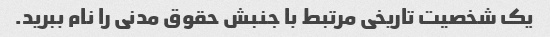
یک شخصیت تاریخی مرتبط با جنبش حقوق مدنی را نام ببرید.